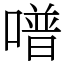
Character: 𠽾